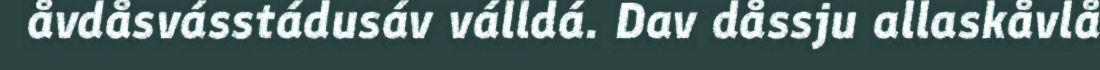
åvdåsvásstádusáv válldá. Dav dåssju allaskåvlå